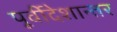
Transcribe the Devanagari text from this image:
पूर्वीदेशान्तर